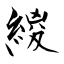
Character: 緵